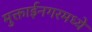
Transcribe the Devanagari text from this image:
मुक्ताईनगरमध्ये